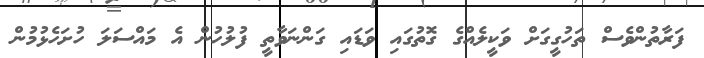
ފަރާތުންވެސް ތަހުގީގަށް ވަކީލެއްގެ ގޮތުގައި ވަޑައި ގަންނަވާތީ ފުލުހުން އެ މައްސަލަ ހުށަހެޅުމުން